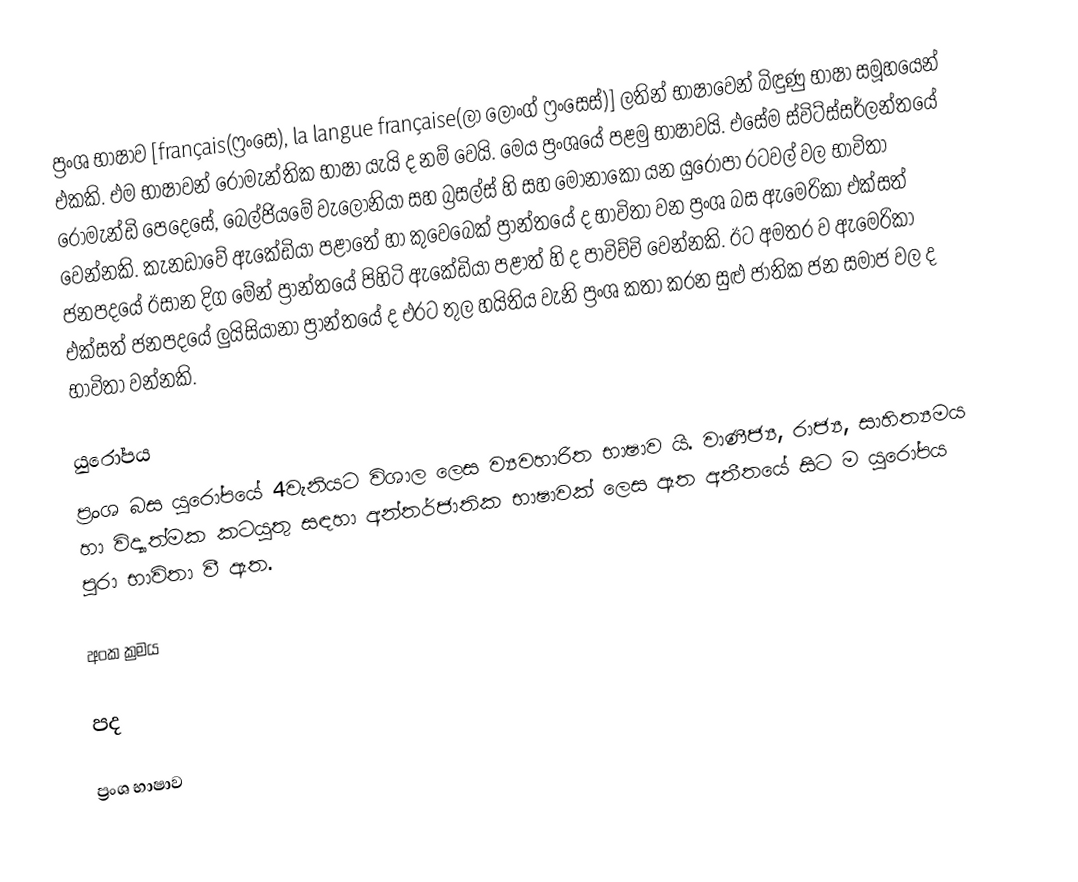
ප්‍රංශ භාෂාව [français(ෆ්‍රංසෙ), la langue française(ලා ලොංග් ෆ්‍රංසෙස්)] ලතින් භාෂාවෙන් බිඳුණු භාෂා සමූහයෙන් එකකි. එම භාෂාවන් රොමැන්තික භාෂා යැයි ද නම් වෙයි. මෙය ප්‍රංශයේ පළමු භාෂාවයි. එසේම ස්විට්ස්සර්ලන්තයේ රොමැන්ඩි පෙදෙසේ, බෙල්ජියමේ වැලෝනියා සහ බ්‍රසල්ස් හි සහ මොනාකෝ යන යුරෝපා රටවල් වල භාවිතා වෙන්නකි. කැනඩාවේ ඇකේඩියා පළාතේ හා කුවෙබෙක් ප්‍රාන්තයේ ද භාවිතා වන ප්‍රංශ බස ඇමෙරිකා එක්සත් ජනපදයේ ඊසාන දිග මේන් ප්‍රාන්තයේ පිහිටි ඇකේඩියා පළාත් හි ද පාවිච්චි වෙන්නකි. ඊට අමතර ව ඇමෙරිකා එක්සත් ජනපදයේ ලුයිසියානා ප්‍රාන්තයේ ද එරට තුල හයිතිය වැනි ප්‍රංශ කතා කරන සුළු ජාතික ජන සමාජ වල ද භාවිතා වන්නකි.

යුරෝපය
ප්‍රංශ බස යුරෝපයේ 4වැනියට විශාල ලෙස ව්‍යවහාරිත භාෂාව යි. වාණීජ්‍ය, රාජ්‍ය, සාහිත්‍යමය හා විද්‍යාත්මක කටයුතු සඳහා අන්තර්ජාතික භාෂාවක් ලෙස ඈත අතීතයේ සිට ම යුරෝපය පුරා භාවිතා වී ඇත.

අංක ක්‍රමය

පද

ප්‍රංශ භාෂාව